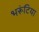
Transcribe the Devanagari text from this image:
भरूंटिया